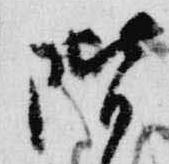
階